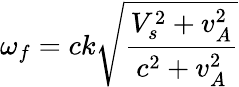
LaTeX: \omega_{f}=ck\sqrt{\frac{V_{s}^{2}+v_{A}^{2}}{c^{2}+v_{A}^{2}}}